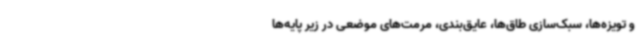
و تویزه‌ها، سبک‌سازی طاق‌ها، عایق‌بندی، مرمت‌های موضعی در زیر پایه‌ها